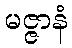
မဇ္ဇာနံ